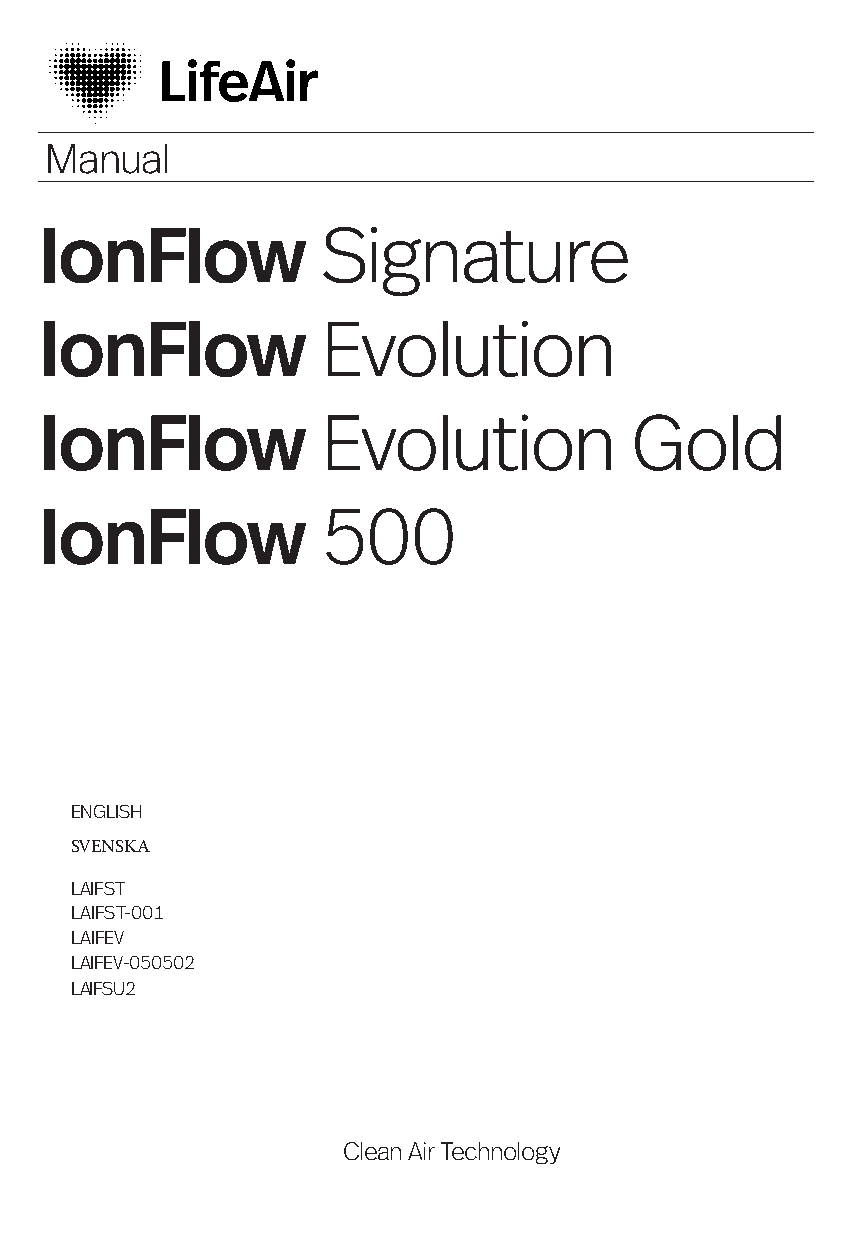
Manual
 IonFlow           Signature
 IonFlow           Evolution
 IonFlow           Evolution            Gold
 IonFlow           500
 ENGLISH
 SVENSKA
 LAIFST
 LAIFST-001
 LAIFEV
 LAIFEV-050502
 LAIFSU2
 Clean Air Technology